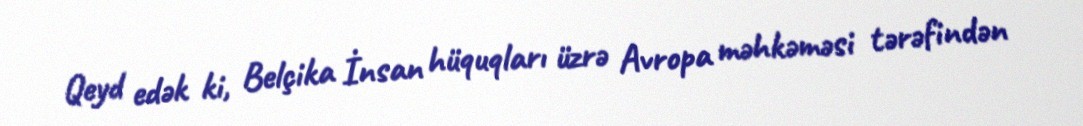
Qeyd edək ki, Belçika İnsan hüquqları üzrə Avropa məhkəməsi tərəfindən